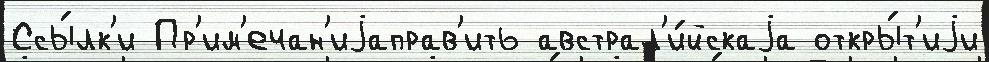
Ссы́лк'и Пр'им'ечан'иjаправ'ить австрал'и́йскаjа откры́т'иjи